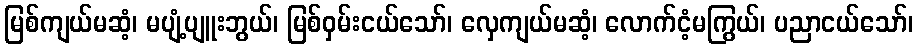
မြစ်ကျယ်မဆံ့၊ မပျံ့ပျူးဘွယ်၊ မြစ်ဝှမ်းငယ်သော်၊ လှေကျယ်မဆံ့၊ လောက်ငံ့မကြွယ်၊ ပညာငယ်သော်၊